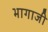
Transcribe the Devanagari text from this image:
भागाजी